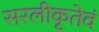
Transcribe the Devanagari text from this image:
सरलीकृतेवं